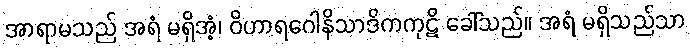
အာရာမသည် အရံ မရှိအံ့၊ ဝိဟာရဂေါနိသာဒိကကုဋိ ခေါ်သည်။ အရံ မရှိသည်သာ